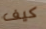
كيف